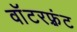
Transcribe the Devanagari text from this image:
वाॅटरफ़्रंट